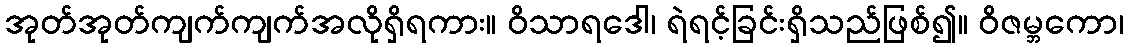
အုတ်အုတ်ကျက်ကျက်အလိုရှိရကား။ ဝိသာရဒေါ၊ ရဲရင့်ခြင်းရှိသည်ဖြစ်၍။ ဝိဇမ္ဘကော၊